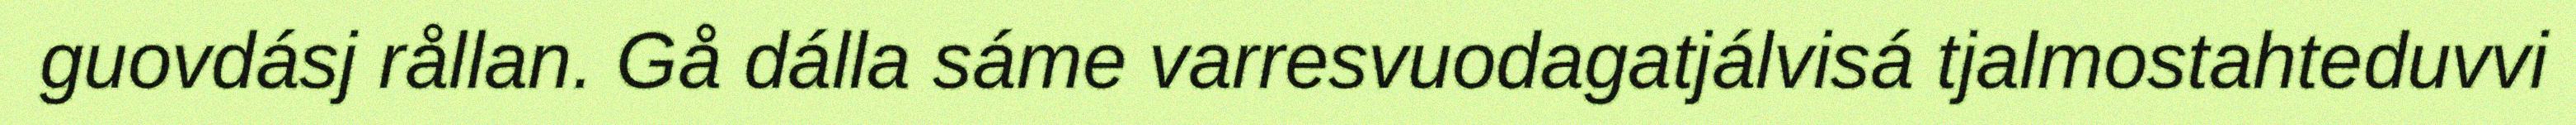
guovdásj rållan. Gå dálla sáme varresvuodagatjálvisá tjalmostahteduvvi